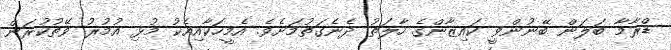
ޑްރާމާ ބަލަން ބޭނުންވީ ކައިޒާންގެ ހާލަތު ދެނެގަތުމަށެވެ. އެމީހަކާއިއެކު މުޅި އުމުރު ވޭތުކުރަން